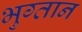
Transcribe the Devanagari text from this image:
भुग्तान